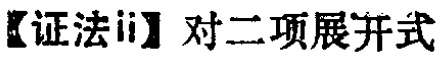
【证法ii】对二项展开式